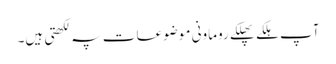
آپ ہلکے پھلکے روماونی موضوعات پہ لکھتی ہیں۔